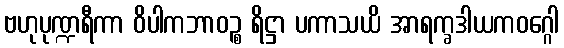
ဗဟုပုဏ္ဍရီကာ ဝိပါကဘာဝဉ္စ ရိဋ္ဌာ ပကာသယိ အာရက္ခဒါယကဝဂ္ဂေါ